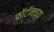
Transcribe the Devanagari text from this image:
फॉटॉनच्या